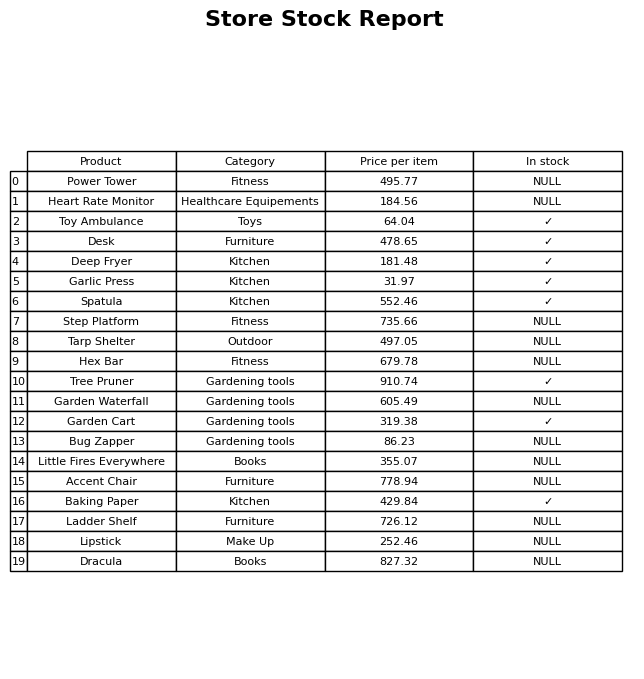
question: What is the price for Step Platform?
answer: The price of Step Platform is 735.66.